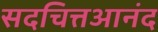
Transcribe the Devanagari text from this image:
सदचित्तआनंद